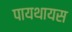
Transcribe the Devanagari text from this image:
पायथायस